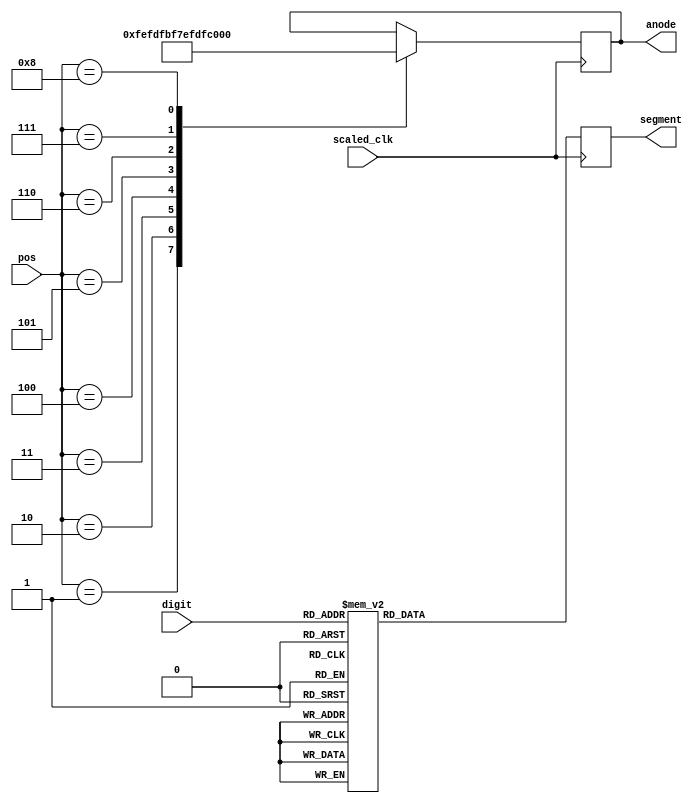
`timescale 1ns / 1ps

module send_7seg(scaled_clk, digit, pos, anode, segment);
	input scaled_clk;
	input [3:0] digit;
	input [3:0] pos;
	output reg [7:0] anode;
	output reg [6:0] segment;
	
	initial begin
		anode <= 8'b11111111;
		segment <= 7'b1111111;
	end
	
	always @(posedge scaled_clk) begin
		case (digit)
			0: segment <= 7'b1000000;
			1: segment <= 7'b1111001;
			2: segment <= 7'b0100100;
			3: segment <= 7'b0110000;
			4: segment <= 7'b0011001;
			5: segment <= 7'b0010010;
			6: segment <= 7'b0000010;
			7: segment <= 7'b1111000;
			8: segment <= 7'b0000000;
			9: segment <= 7'b0010000;
			10: segment <= 7'b0001000;
			11: segment <= 7'b0000011;
			12: segment <= 7'b0100111;
			13: segment <= 7'b0100001;
			14: segment <= 7'b0000110;
			15: segment <= 7'b0001110;
		endcase
		
		case (pos)
		     1: anode <= 8'b11111110;
		     2: anode <= 8'b11111101;
		     3: anode <= 8'b11111011;
		     4: anode <= 8'b11110111;
		     5: anode <= 8'b11101111;
		     6: anode <= 8'b11011111;
		     7: anode <= 8'b10111111;
		     8: anode <= 8'b01111111;
		endcase
	end

endmodule